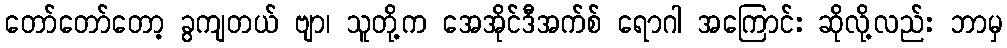
တော်တော်တော့ ခွကျတယ် ဗျာ၊ သူတို့က အေအိုင်ဒီအက်စ် ရောဂါ အကြောင်း ဆိုလို့လည်း ဘာမှ